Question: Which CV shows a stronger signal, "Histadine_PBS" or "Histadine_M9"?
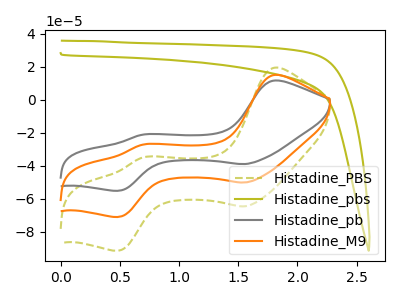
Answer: <think>The olive dashed curve "Histadine_PBS" has anodic peaks at (1.80V, 19.60uA) (0.70V, -34.90uA) and cathodic peaks at (1.55V, -64.45uA) (0.50V, -91.30uA). The olive curve "Histadine_pbs" has no peaks. The gray curve "Histadine_pb" has anodic peaks at (1.80V, 30.40uA) (0.70V, -54.20uA) and cathodic peaks at (1.55V, -100.05uA) (0.50V, -141.75uA). The orange curve "Histadine_M9" has anodic peaks at (1.80V, 15.20uA) (0.70V, -27.10uA) and cathodic peaks at (1.55V, -50.00uA) (0.50V, -70.85uA).
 All the peaks in "Histadine_PBS" have a peak in "Histadine_M9" at the same potential.</think>
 <answer>I cant tell if "Histadine_PBS" or "Histadine_M9" has more signal.</answer>
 <eval>mixed_signal</eval>